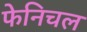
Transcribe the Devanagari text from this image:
फेनिचल